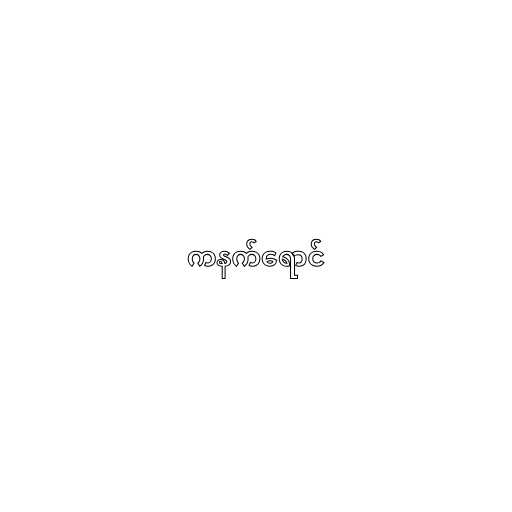
ကနက်ရောင်